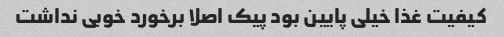
کیفیت غذا خیلی پایین بود پیک اصلا برخورد خوبی نداشت